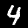
Label: 4